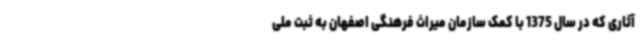
آثاری که در سال 1375 با کمک سازمان میراث فرهنگی اصفهان به ثبت ملی